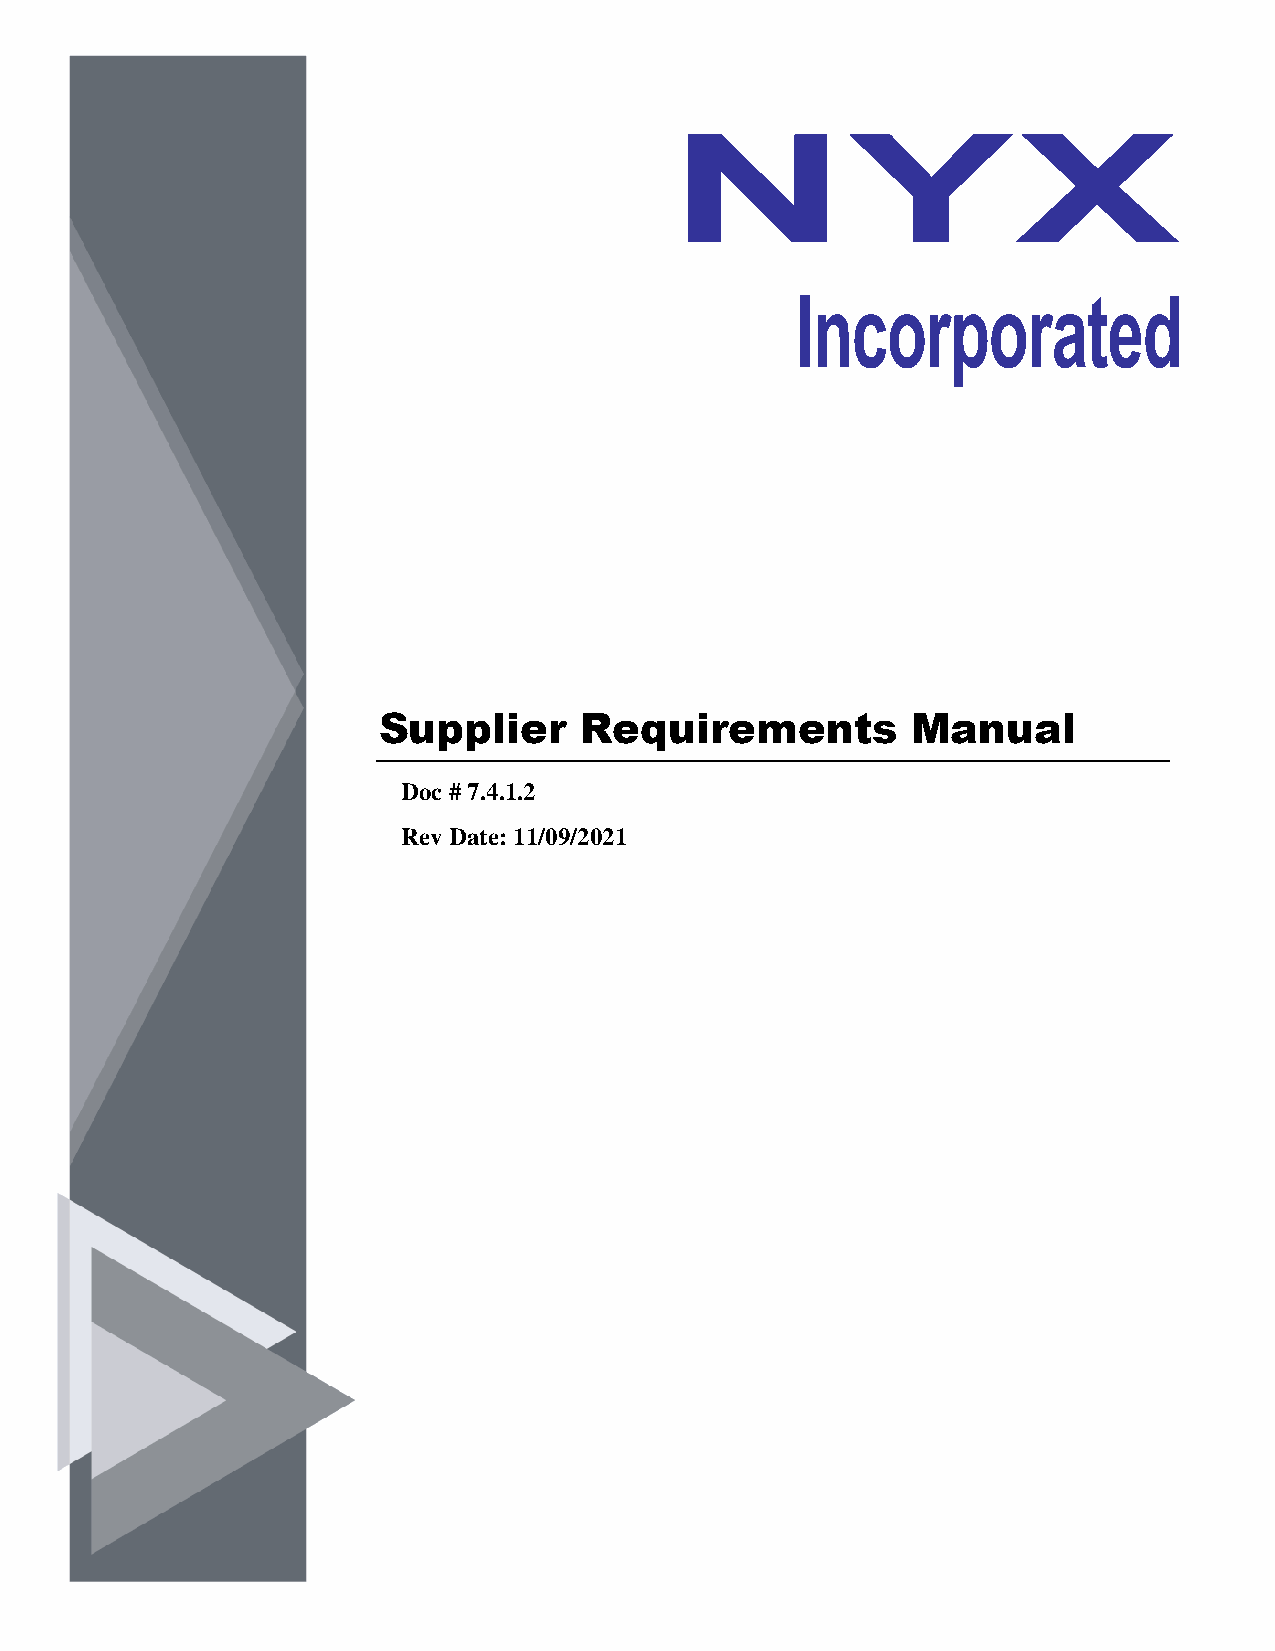
NYX
 Incorporated
 Supplier     Requirements          Manual
 Doc # 7.4.1.2
 Rev Date: 11/09/2021